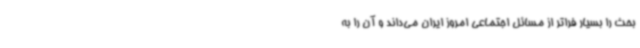
بحث را بسیار فراتر از مسائل اجتماعی امروز ایران می‌داند و آن را به